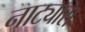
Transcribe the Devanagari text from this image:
नाट्यास